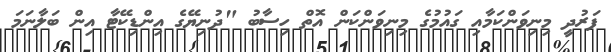
ފަރުދީ މިނިވަންކަމާއި ގައުމުގެ މިނިވަންކަން އޮތް ހިސާބު "ދުނިޔޭގެ އިންޑިކޭޓާ އިން ބަލާނަމަ